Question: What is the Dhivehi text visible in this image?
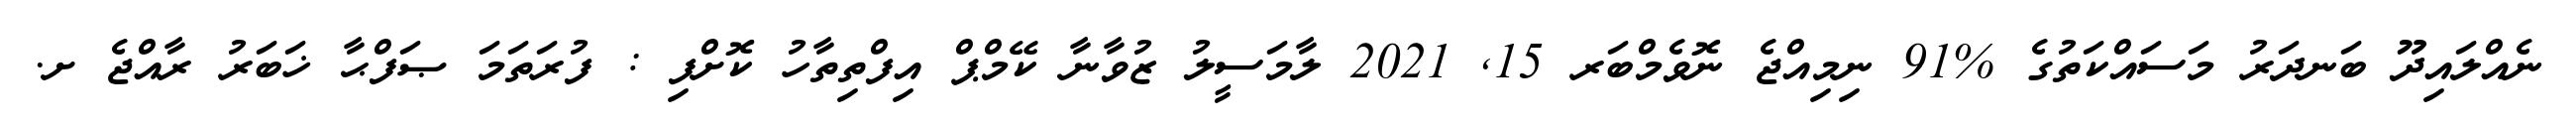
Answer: ނެއްލައިދޫ ބަނދަރު މަސައްކަތުގެ %91 ނިމިއްޖެ ނޮވެމްބަރ 15, 2021 ލާމަސީލު ޒުވާނާ ކޭމްޕް އިފްތިތާހު ކޮށްފި : ފުރަތަމަ ޞަފްޙާ ޚަބަރު ރާއްޖެ ށ.